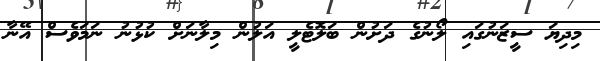
މިދިޔަ ސީޒަނުގައި ލޯނުގެ ދަށުން ބަލޮޓެލީ އަލުން މިލާނަށް ކުޅުނު ނަމަވެސް އޭނާ